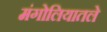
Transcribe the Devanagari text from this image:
मंगोलियातले